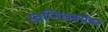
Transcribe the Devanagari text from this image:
स्वप्निलबरोबर